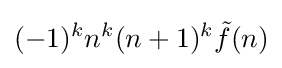
(-1)^{k}n^{k}(n+1)^{k}{\tilde {f}}(n)